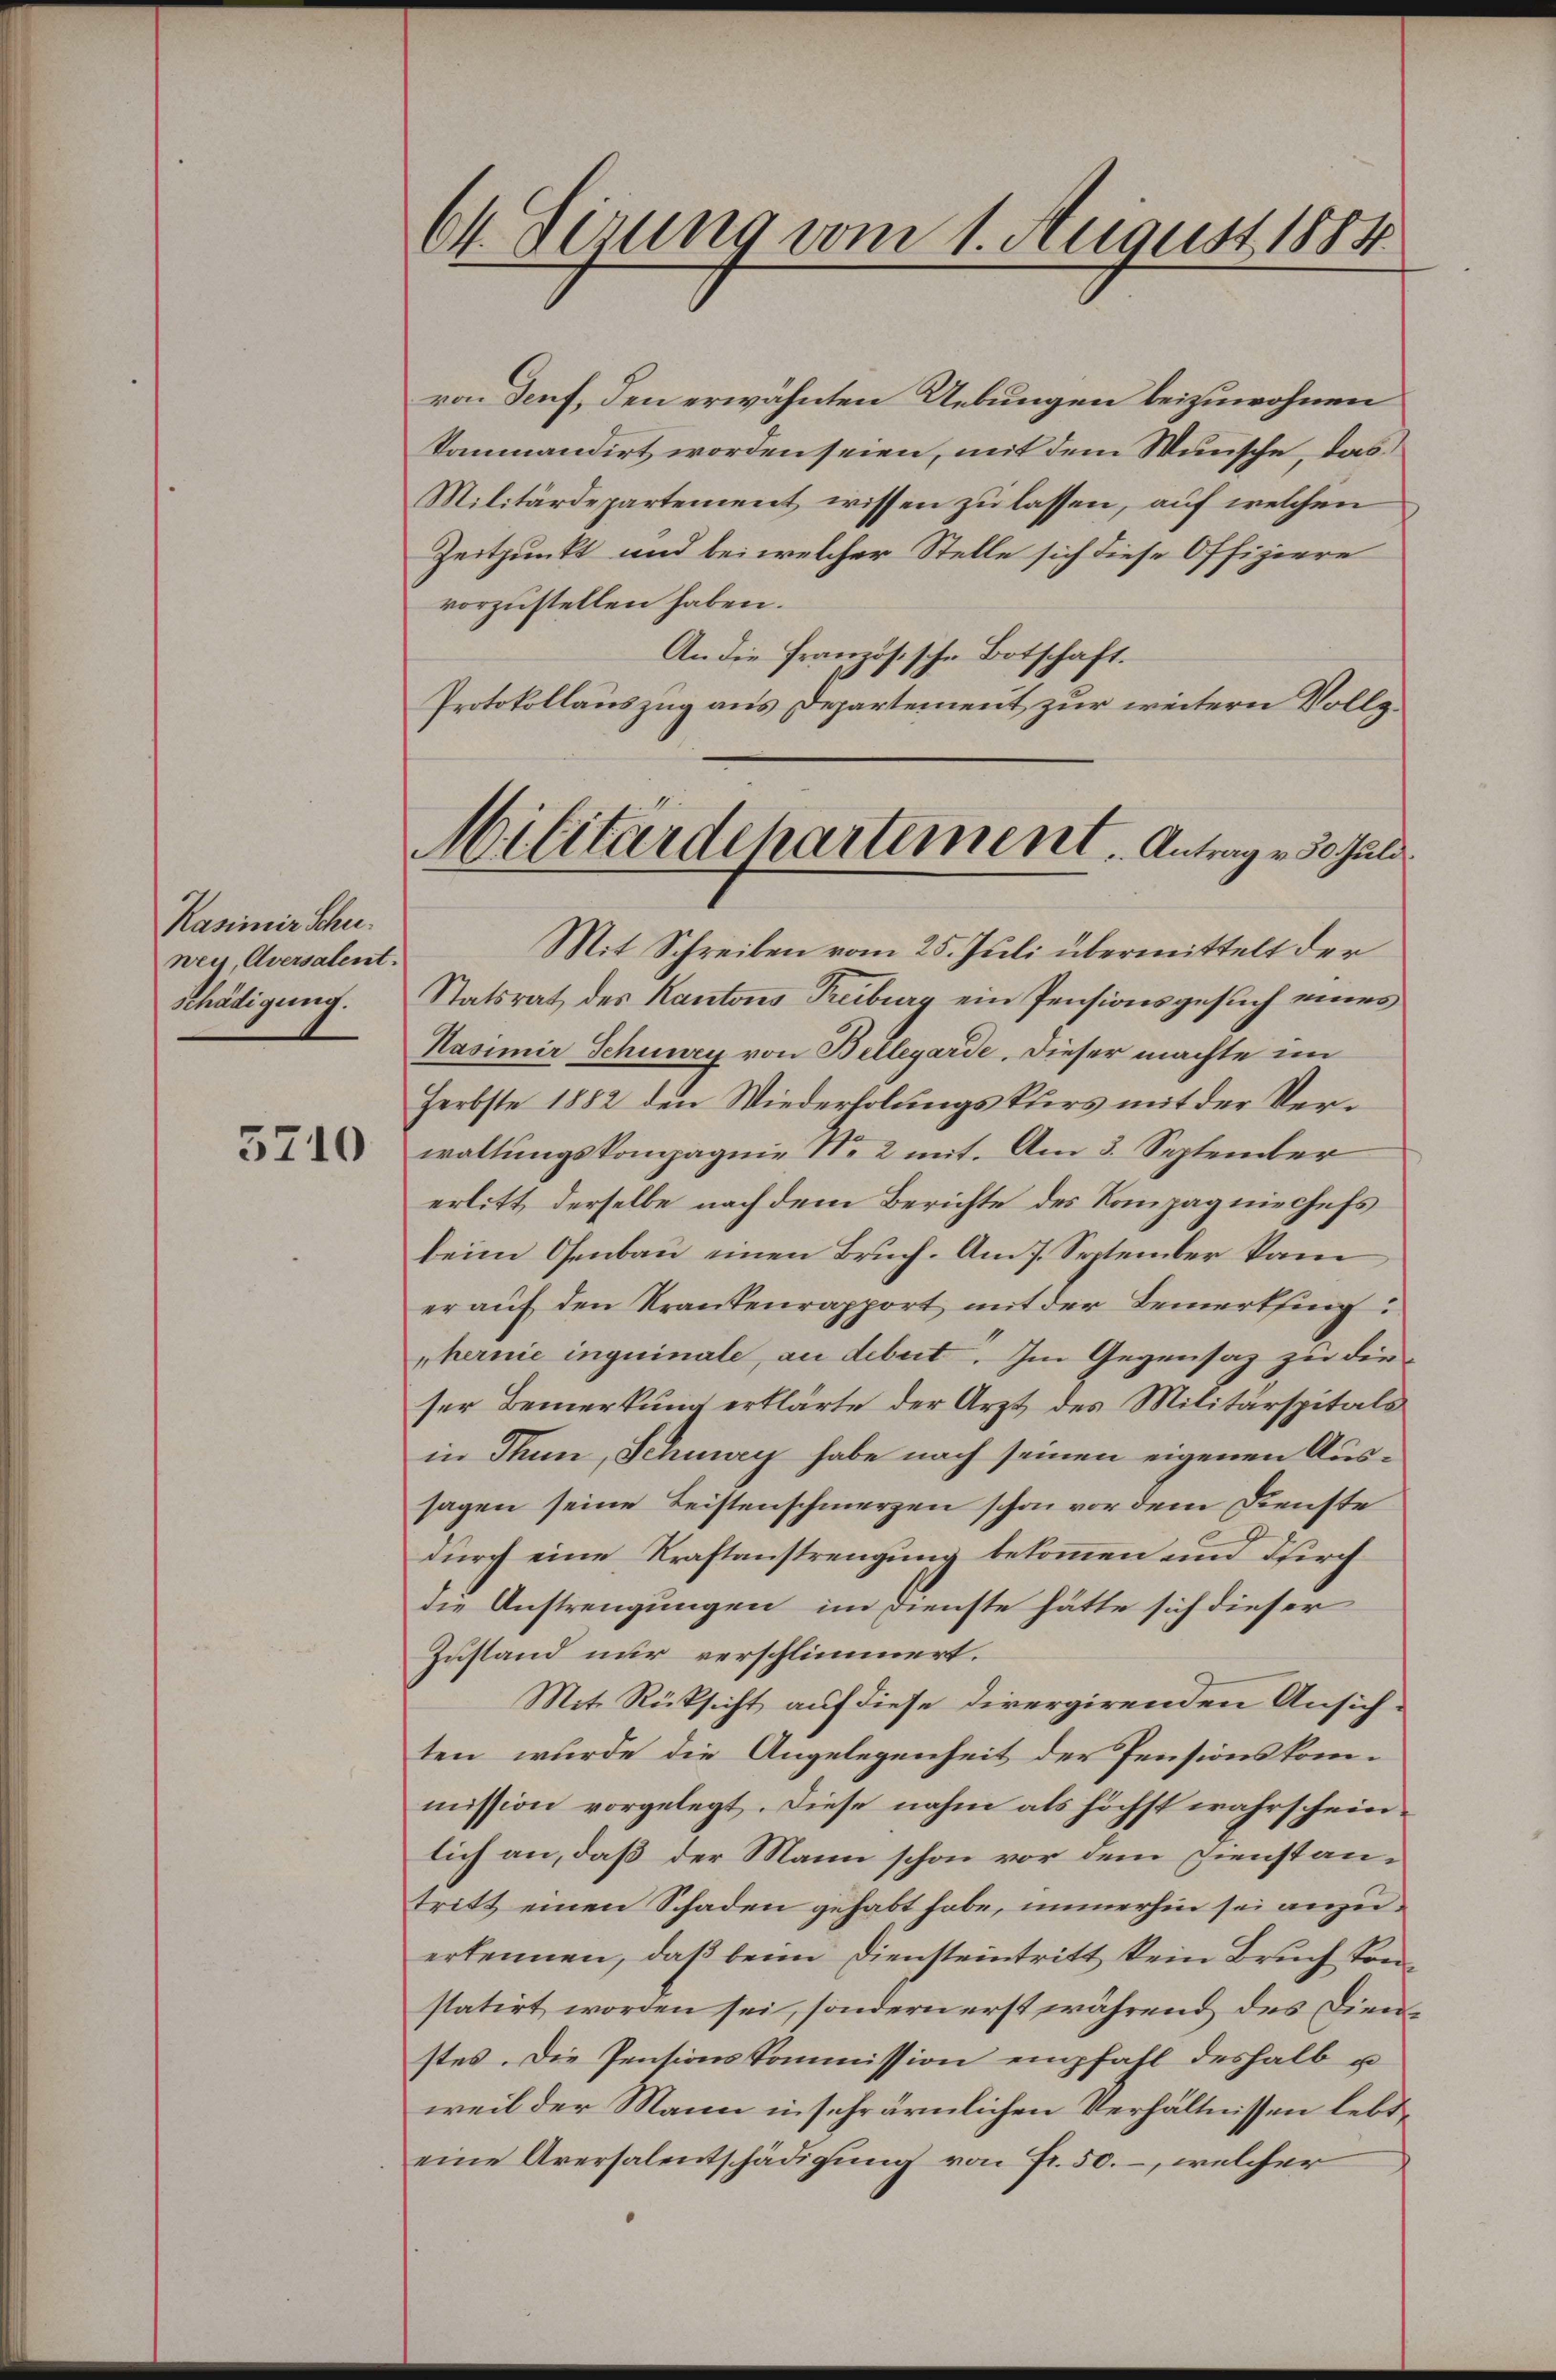
Kasimir Schuwey, Aversalent.
schädigung.

5710

64. derung vom 1. August 1884.

von Senf, den erwähnten Uebungen beizuwohnen
kommandirt worden seien, mit dem Wunsche, das
Militärdepartement wissen zu lassen, auf welchen
Zeitpunkt und bei welcher Stelle sich diese Offiziere
vorzustellen haben.
An die französische Botschaft.
Protokollauszug aus Departement zur weitern Vollz
Statsrat des Kantons Treiburg ein Pensionsgesuch eines
Hasimir Schnury von Bellegarde. Dieser machte im
Herbste 1882 den Wiederholungskurs mit der Verwaltungskompagnie No 2 mit. Am 3. September
erlitt derselbe nach dem Berichte des Kompagniechefs
beim Osenbau einen Bruch. Am 7. September kam
er auf den Krankenrapport mit der Bemerkung:
phernie inquinale, an debet. Im Gegensaz zu die
ser Bemerkung erklärte der Arzt des Militärspitals
in Thun, Schwyz habe nach seinen eigenen Aussagen seine Leistenschmerzen schon vor dem Dienste
durch eine Kraftanstrengung bekommen und Kirch
die Anstrengungen im Dienste hätte sich dieser
Zustand nur verschlimmert.
Mit Rücksicht auf diese divergirenden Ansich-
ten wurde die Angelegenheit der Pensionskommission vorgelegt. Diese nahm als höchst wahrscheinlich an, daß der Mann schon vor dem Dienstantritt einen Schaden gehabt habe, immerhin sei anzuerkennen, daß beim Diensteintritt kein Bruch konstatirt worden sei, sondern erst während des Dienstes. Die Pensionskommission empfahl deshalb u
weil der Mann in sehr ärmlichen Verhältnissen lebt,
eine Aversalentschädigung von Fr. 50. –, welcher

Militärdepartement. Antrag v. 30 Juli
Mit Schreiben vom 25. Juli übermittelt der